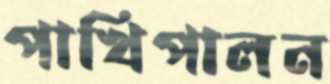
পাখিপালন